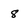
Character: 8